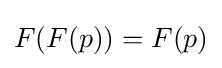
F(F(p))=F(p)